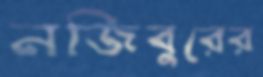
নজিবুরের